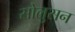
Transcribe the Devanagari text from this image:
सोलुसन